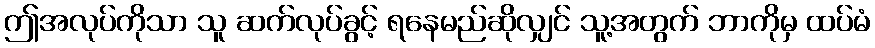
ဤအလုပ်ကိုသာ သူ ဆက်လုပ်ခွင့် ရနေမည်ဆိုလျှင် သူ့အတွက် ဘာကိုမှ ထပ်မံ